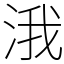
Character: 涐